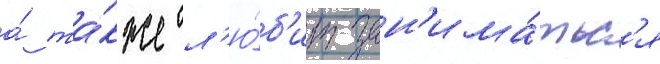
а́ та́кже л'ю́б'ит зан'има́тьс'я